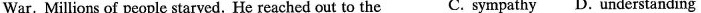
War. Millions of people starved. He reached out to the C. sympathy D. understanding